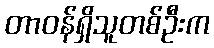
တာဝန်ရှိသူတစ်ဦးက